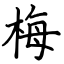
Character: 梅